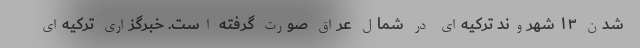
شدن ۱۳ شهروند ترکیه‌ای در شمال عراق صورت گرفته است. خبرگزاری ترکیه‌ای